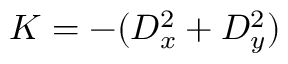
K = - ( D _ { x } ^ { 2 } + D _ { y } ^ { 2 } )